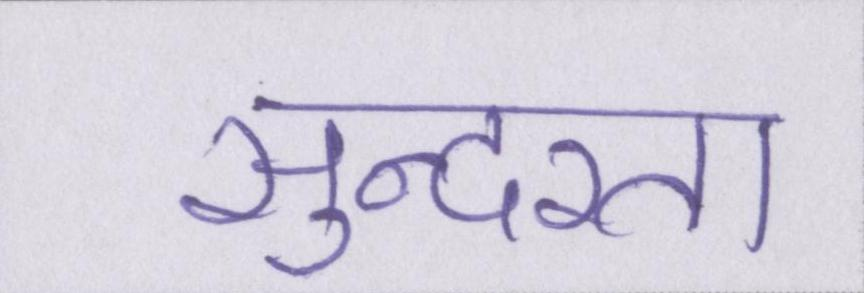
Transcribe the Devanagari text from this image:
सुन्दरता